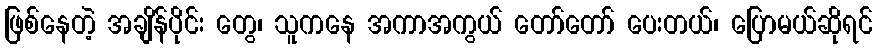
ဖြစ်နေတဲ့ အချိန်ပိုင်း တွေ၊ သူကနေ အကာအကွယ် တော်တော် ပေးတယ်၊ ပြောမယ်ဆိုရင်